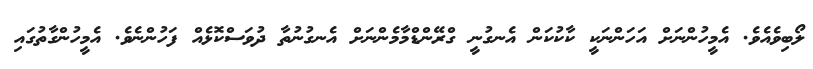
ލޯބިވެއެވެ. އެމީހުންނަށް އަހަންނަކީ ކާކުކަން އެނގުނީ ގްރޭންޑްމާމެންނަށް އެނގުނުތާ ދުވަސްކޮޅެއް ފަހުންނެވެ. އެމީހުންގާތުގައި